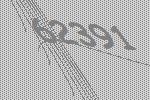
62391